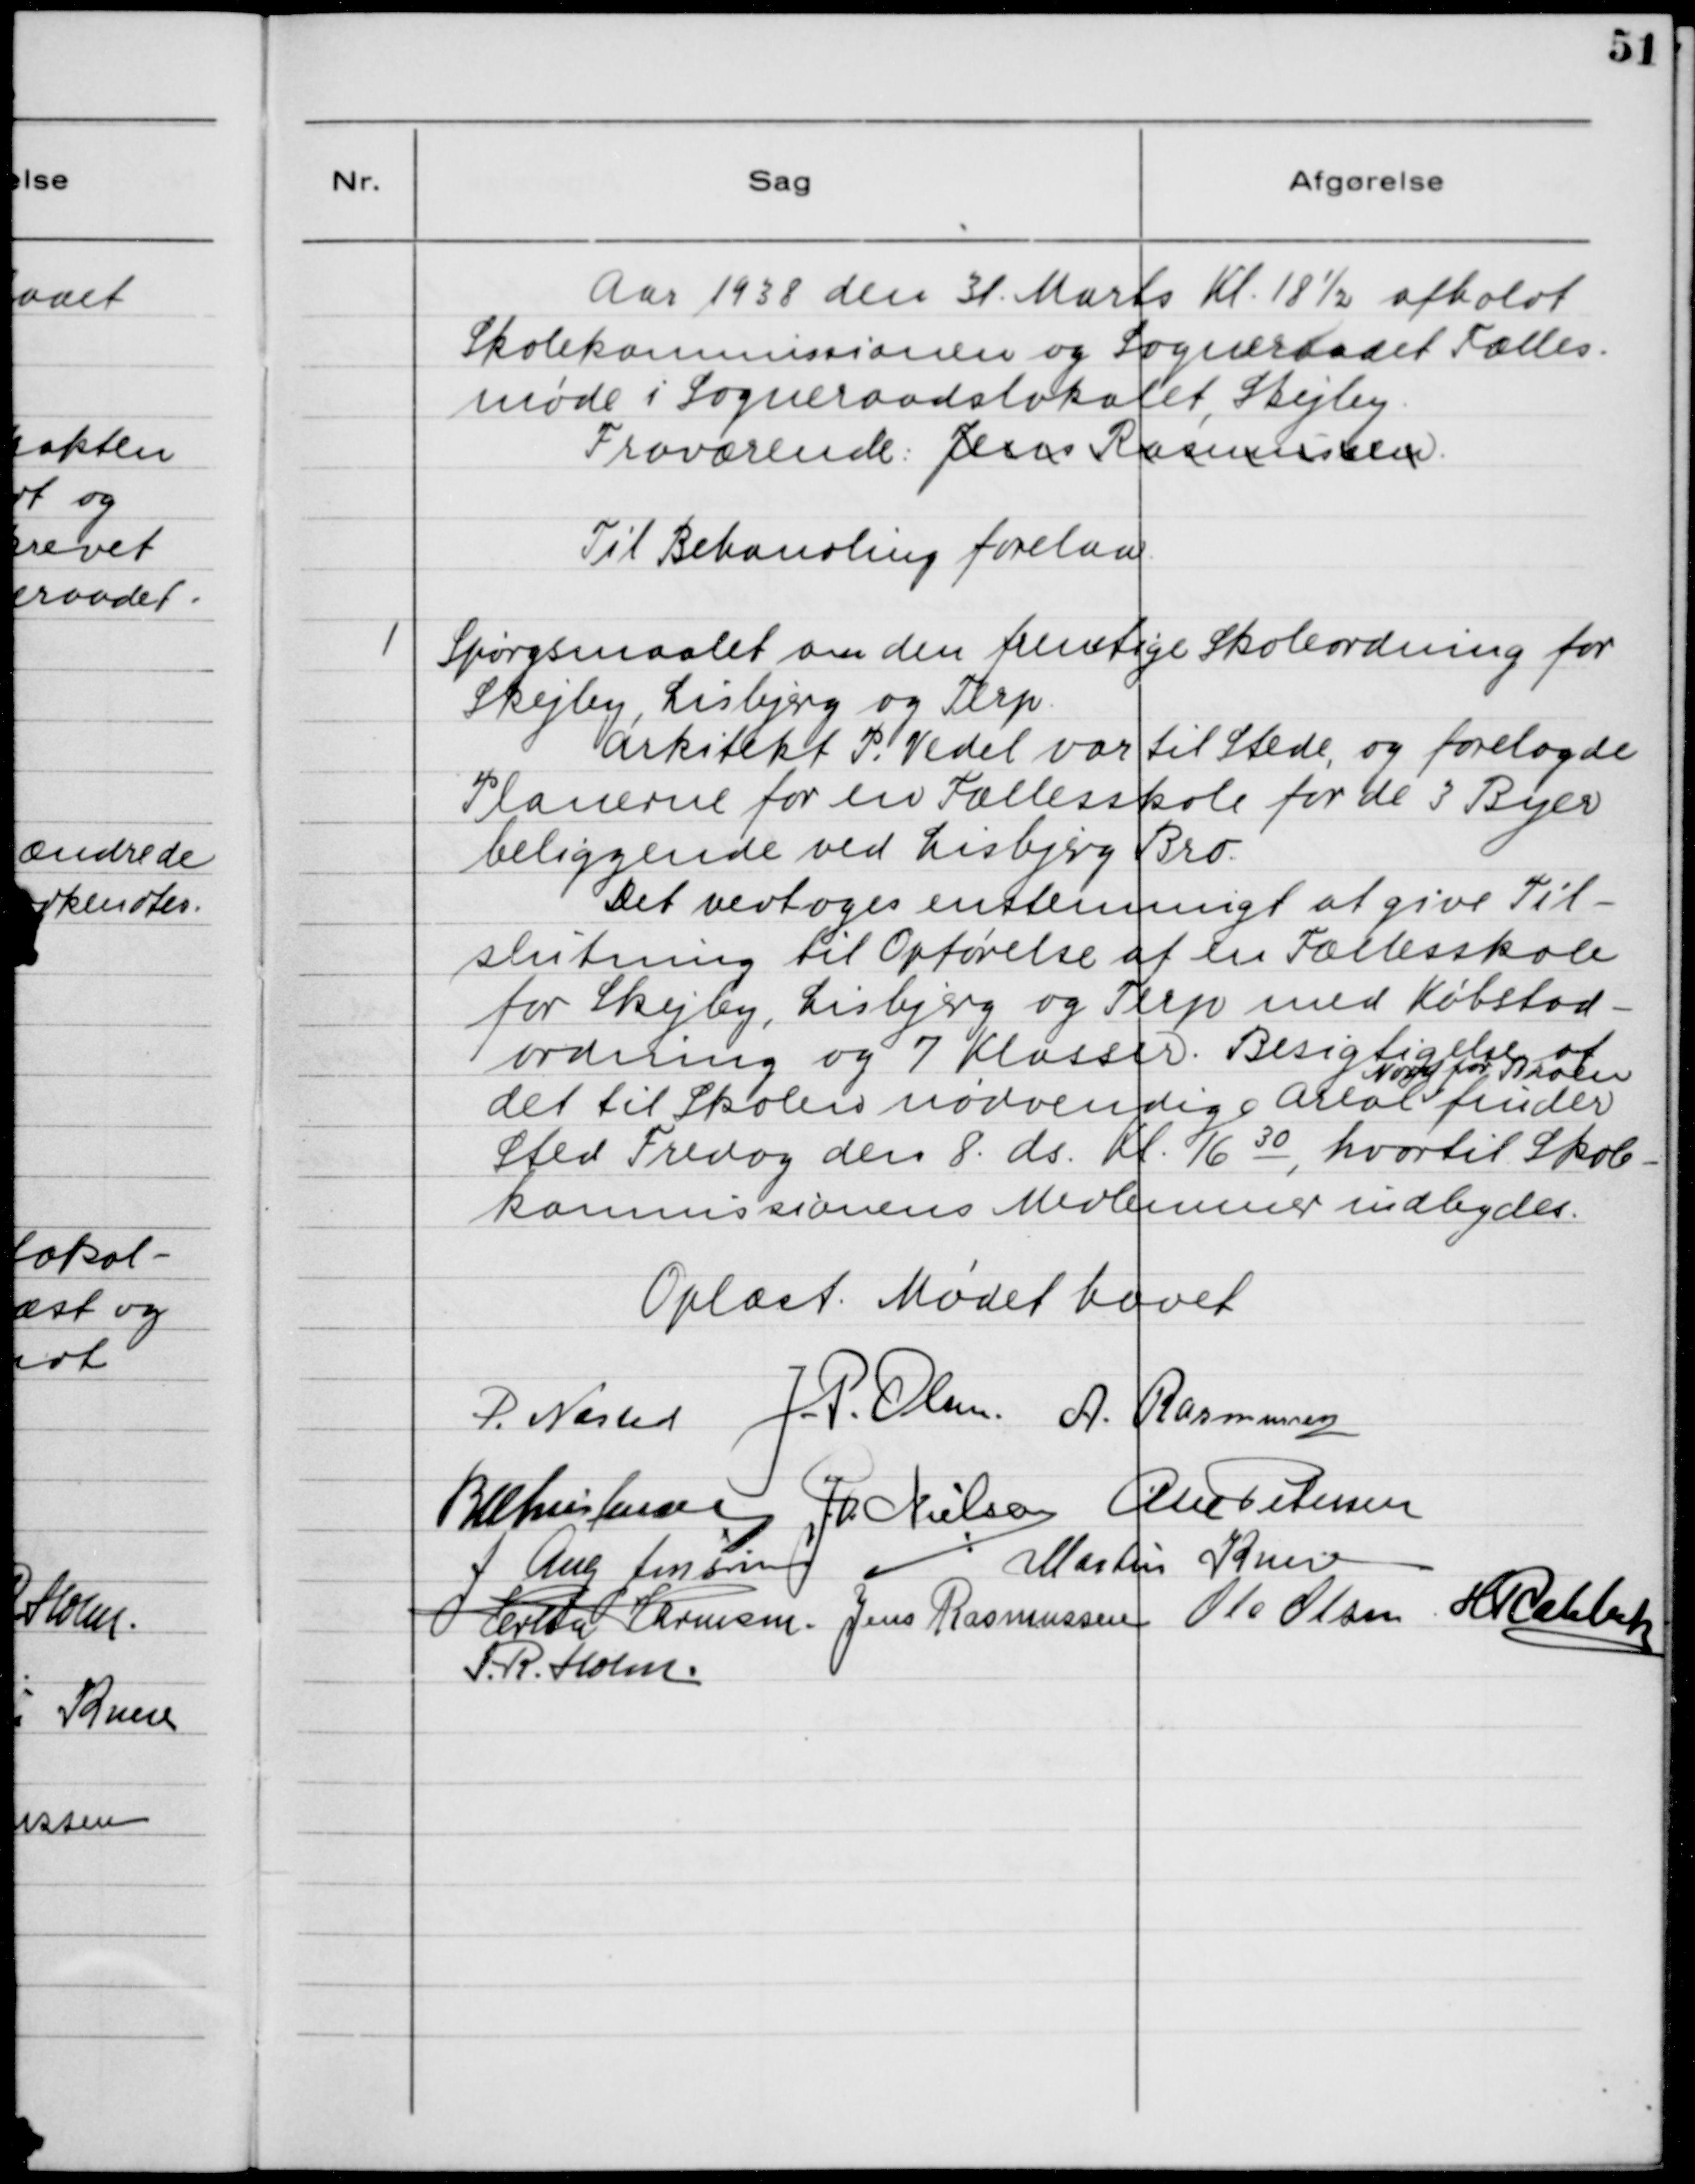
Transskription:
Aar 1938 den 31. Marts Kl. 18 1/2 afholdt
Skolekommissionen og Sogneraadet Fælles-
møde i Sogneraadslokalet, Skejby.
Fraværende: Jens Rasmussen
Til Behandling forelaa:

1. Spørgsmaalet om den fremtidige Skoleordning for
Skejby, Lisbjerg og Terp.
Arkitekt P. Vedel var til Stede, og forelagde
Planerne for en Fællesskole for de 3 Byer
beliggende ved Lisbjerg Bro.
Det vedtoges ensstemmigt at give Til-
slutning til Opførelse af en Fællesskole
for Skejby, Lisbjerg og Terp med Købstad-
ordning og 7 Klasser. Besigtigelse af
det til Skolens nødvendige Areal
Nord for Broen
finder
Sted Fredag den 8. ds. Kl. 16 30, hvortil Skole-
kommissionens Medlemmer indbydes.
Oplæst. Mødet hævet.